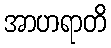
အာဟရာတိ